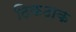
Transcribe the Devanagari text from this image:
ठिकठाक